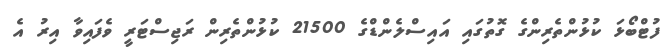
ފުޓްބޯޅަ ކުޅުންތެރިންގެ ގޮތުގައި އައިސްލެންޑްގެ 21500 ކުޅުންތެރިން ރަޖިސްޓަރީ ވެފައިވާ އިރު އެ